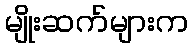
မျိုးဆက်များက